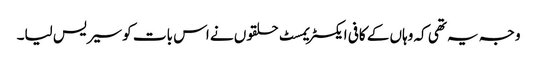
وجہ یہ تھی کہ وہاں کے کافی ایکسٹریمسٹ حلقوں نے اس بات کو سیریس لیا۔